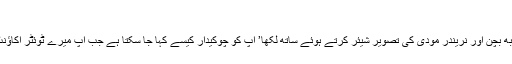
‘
محمد نعمان نامی صارف نے امیتابھ بچن اور نریندر مودی کی تصویر شیئر کرتے ہوئے ساتھ لکھا’ آپ کو چوکیدار کیسے کہا جا سکتا ہے جب آپ میرے ٹوئٹر اکاؤنٹ کی حفاظت تک نہیں کر سکتے۔